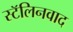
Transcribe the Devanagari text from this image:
स्टॅलिनवाद